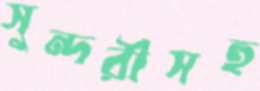
সুন্দরীসহ